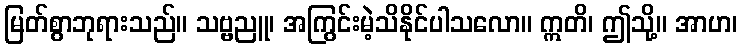
မြတ်စွာဘုရားသည်။ သဗ္ဗညူ၊ အကြွင်းမဲ့သိနိုင်ပါသလော။ ဣတိ၊ ဤသို့။ အာဟ၊